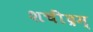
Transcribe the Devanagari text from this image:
शचींद्रम्